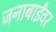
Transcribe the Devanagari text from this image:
जनाबाईंवर